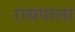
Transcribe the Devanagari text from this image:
रासपाला